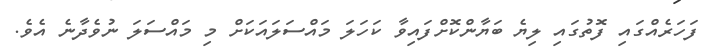
ފަހަރެއްގައި ފޮތުގައި ލިޔެ ބަޔާންކޮށްފައިވާ ކަހަލަ މައްސަލައަކަށް މި މައްސަލަ ނުވެދާނެ އެވެ.